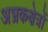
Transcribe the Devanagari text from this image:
अभ्रकक्षेत्रों